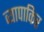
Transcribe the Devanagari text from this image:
व्यापाकिर